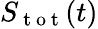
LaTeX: S_{\mathrm{~t~o~t~}}(t)